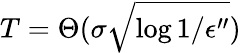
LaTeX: T=\Theta(\sigma\sqrt{\log{1/\epsilon^{\prime\prime}}})